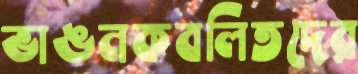
ভাঙনকবলিতদের